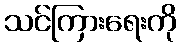
သင်ကြားရေးကို